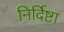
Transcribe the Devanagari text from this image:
निर्दिष्टा